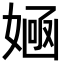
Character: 𡞿